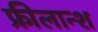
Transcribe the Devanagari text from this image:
फ्रीलान्श